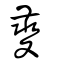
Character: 夔